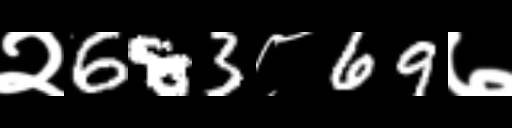
Text: २683८69७